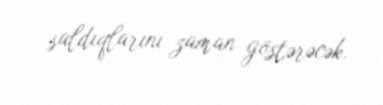
saldıqlarını zaman göstərəcək.